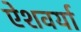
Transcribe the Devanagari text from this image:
ऐशवर्या